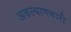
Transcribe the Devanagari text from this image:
अकल्याणकारी